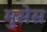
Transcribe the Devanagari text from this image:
मुसेस